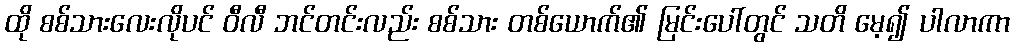
ထို စစ်သားလေးလိုပင် ဝီလီ ဘင်တင်းလည်း စစ်သား တစ်ယောက်၏ မြင်းပေါ်တွင် သတိ မေ့၍ ပါလာကာ